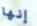
إنها